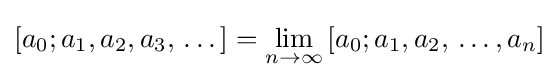
[a_{0};a_{1},a_{2},a_{3},\,\ldots \,]=\lim _{n\to \infty }\,[a_{0};a_{1},a_{2},\,\ldots ,a_{n}]